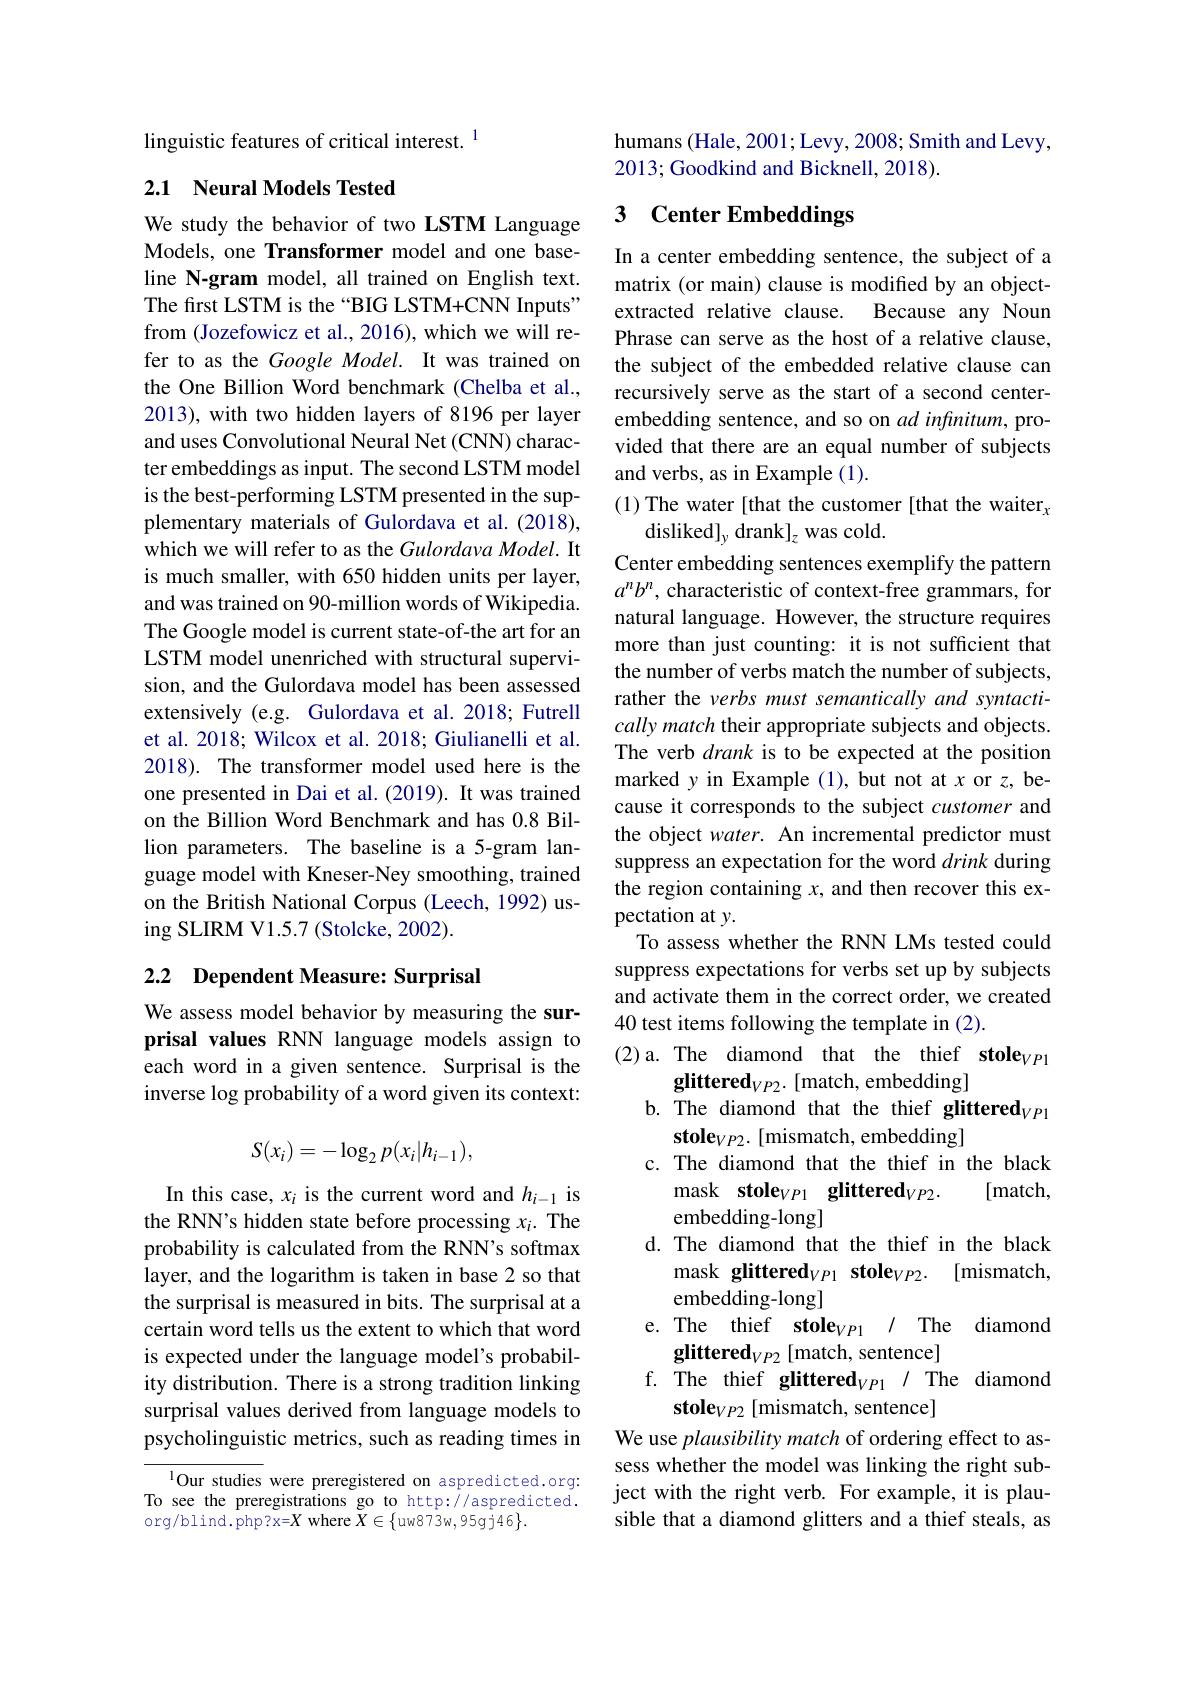
linguistic features of critical interest. 1

## 2.1 Neural Models Tested

We study the behavior of two LSTM Language Models, one Transformer model and one baseline N-gram model, all trained on English text. The first LSTM is the “BIG LSTM+CNN Inputs” from (Jozefowicz et al., 2016), which we will refer to as the Google Model. It was trained on the One Billion Word benchmark (Chelba et al., 2013), with two hidden layers of 8196 per layer and uses Convolutional Neural Net (CNN) character embeddings as input. The second LSTM model is the best-performing LSTM presented in the supplementary materials of Gulordava et al. (2018), which we will refer to as the Gulordava Model. It is much smaller, with 650 hidden units per layer, and was trained on 90-million words of Wikipedia. The Google model is current state-of-the art for an LSTM model unenriched with structural supervision, and the Gulordava model has been assessed extensively (e.g. Gulordava et al.2018; Futrell et al. 2018; Wilcox et al. 2018; Giulianelli et al. 2018). The transformer model used here is the one presented in Dai et al.(2019). It was trained on the Billion Word Benchmark and has 0.8 Billion parameters. The baseline is a 5-gram language model with Kneser-Ney smoothing, trained on the British National Corpus (Leech, 1992) using SLIRM V1.5.7 (Stolcke, 2002).

## 2.2 Dependent Measure: Surprisal

We assess model behavior by measuring the surprisal values RNN language models assign to each word in a given sentence. Surprisal is the inverse log probability of a word given its context:
$$S(x_i)=-\log_2p(x_i|h_{i-1}),$$
In this case, $x_i$ is the current word and $h_i-1$ is the RNN's hidden state before processing $x_i.$ The probability is calculated from the RNN's softmax layer, and the logarithm is taken in base 2 so that the surprisal is measured in bits. The surprisal at certain word tells us the extent to which that word is expected under the language model's probability distribution. There is a strong tradition linking surprisal values derived from language models to psycholinguistic metrics, such as reading times in

$^{1}$Our studies were preregistered on aspredicted.org: To see the preregistrations go to http://aspredicted. $\operatorname{org/blind.php?x=}X\operatorname{where}\breve{X}\in\{\operatorname{uw873w,95gj46}\}.$

humans (Hale, 2001; Levy, 2008; Smith and Levy,
2013; Goodkind and Bicknell, 2018).

## 3 $\textbf{Center Embeddings}$

In a center embedding sentence, the subject of a matrix (or main) clause is modified by an objectextracted relative clause. Because any Noun Phrase can serve as the host of a relative clause, the subject of the embedded relative clause can recursively serve as the start of a second centerembedding sentence, and so on ad infinitum, provided that there are an equal number of subjects and verbs, as in Example (1).
(1) The water [that the customer [that the waiter,
disliked]_y drank]_z was cold.
Center embedding sentences exemplify the pattern $a^nb^n$, characteristic of context-free grammars, for natural language. However, the structure requires more than just counting: it is not sufficient that the number of verbs match the number of subjects, rather the verbs must semantically and syntactically match their appropriate subjects and objects. The verb drank is to be expected at the position marked y in Example (1), but not at $x$ or $z$, because it corresponds to the subject customer and the object water. An incremental predictor must suppress an expectation for the word drink during the region containing $x$, and then recover this expectation at y.
To assess whether the RNN LMs tested could suppress expectations for verbs set up by subjects and activate them in the correct order, we created 40 test items following the template in (2).
(2)a. The diamond that the thief stole$_VP1$
glittered$_VP2.$ [match, embedding]
b. The diamond that the thief glittered$_VP1$
$\textbf{stole}_{VP2}.$[mismatch, embedding]
c. The diamond that the thief in the black
[match,
mask stole$_VP1$ glittered$_VP2.$
embedding-long]
d. The diamond that the thief in the black
mask glittered$_VP1\textbf{stole}_{VP2}.$ [mismatch,
embedding-long]
The diamond
e. The thief stole$_VP1$
$\mathbf{glittered}_{VP2}\left[\mathrm{match,~sentence}\right]$
f. The thief glittered$_VP1/$ The diamond
stole$_VP2$ [mismatch, sentence]
We use plausibility match of ordering effect to assess whether the model was linking the right subject with the right verb. For example, it is plausible that a diamond glitters and a thief steals, as